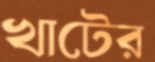
খাটের